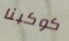
كوكبنا